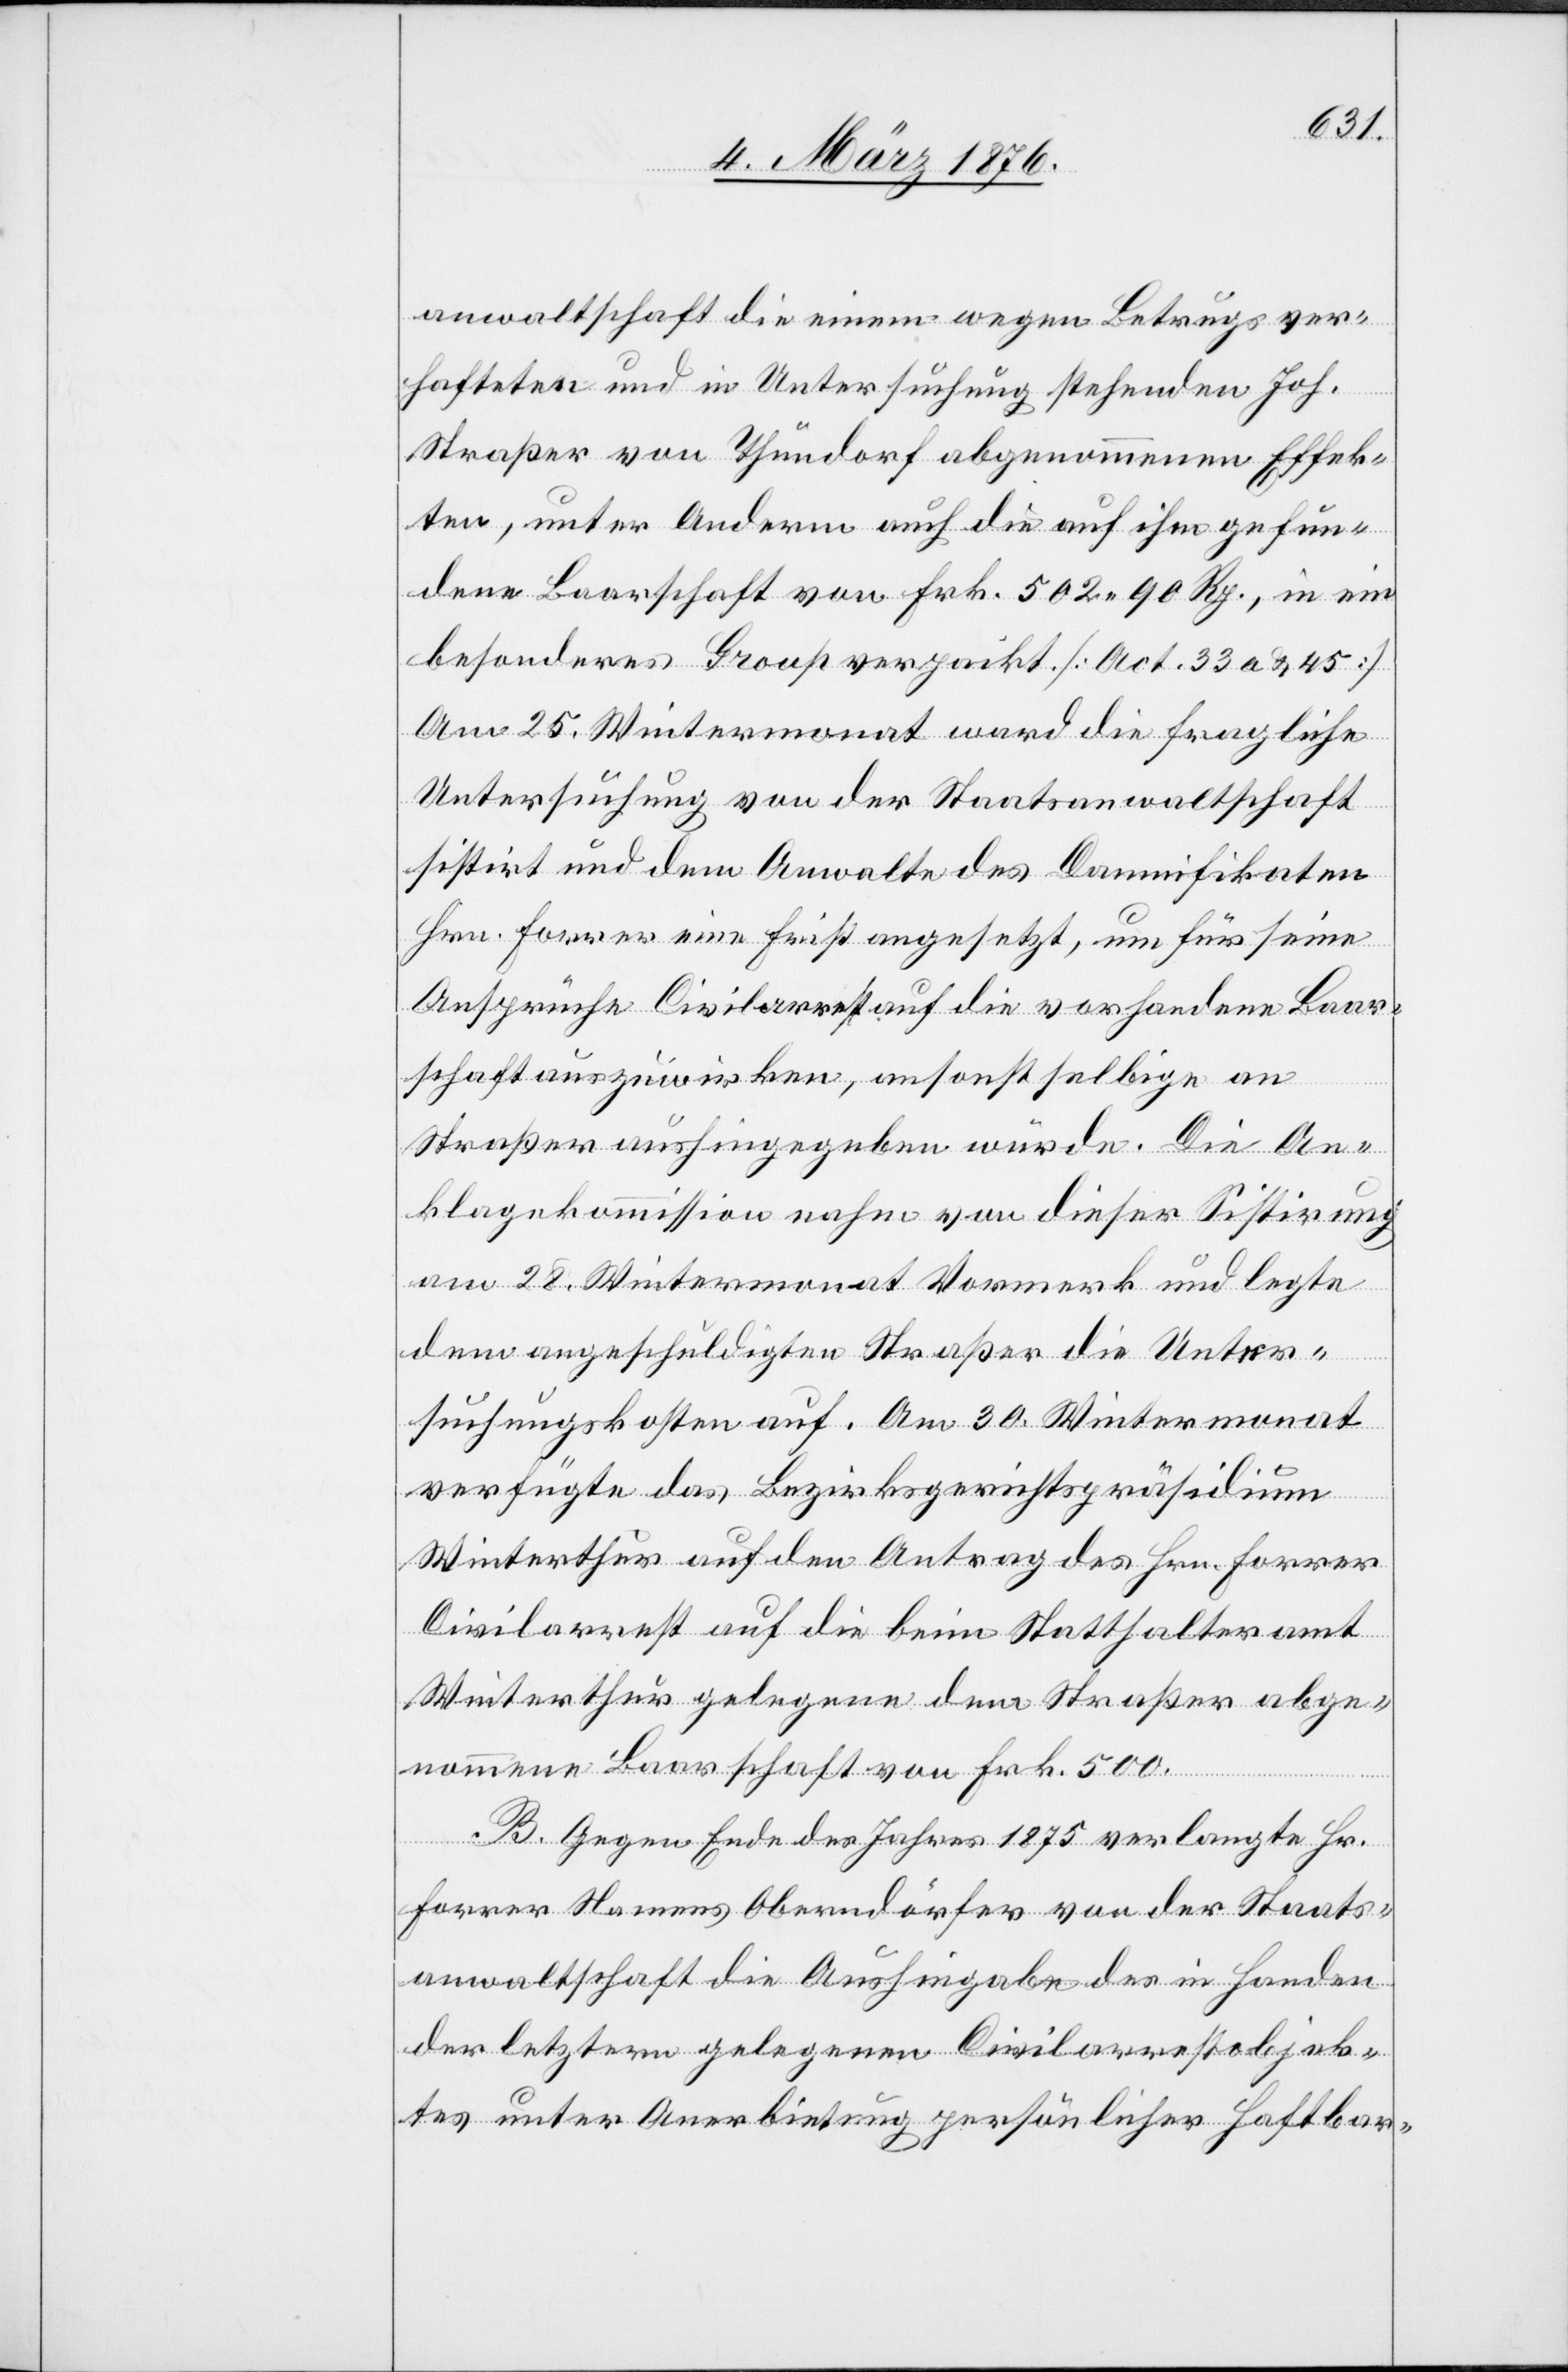
anwaltschaft die einem wegen Betrugs ver¬
hafteten und in Untersuchung stehenden Joh.
Straßer von Thundorf abgenommenen Effek¬
ten, unter Anderm auch die auf ihm gefun¬
dene Baarschaft von Frk. 502 90 Rp., in ein
besonderes Group verpackt. [Act. 33 a & 45]
Am 25. Wintermonat ward die fragliche
Untersuchung von der Staatsanwaltschaft
sistirt und dem Anwalte des Damnifikaten
Hrn. Forrer eine Frist angesetzt, um für seine
Ansprüche Civilarrest auf die vorhandene Baar¬
schaft auszuwirken, ansonst selbige an
Straßer aushingegeben würde. Die An¬
klagekommission nahm von dieser Sistirung
am 28. Wintermonat Vormerk und legte
dem angeschuldigten Straßer die Unter¬
suchungskosten auf. Am 30. Wintermonat
verfügte das Bezirksgerichtspräsidium
Winterthur auf den Antrag des Hrn. Forrer
Civilarrest auf die beim Statthalteramt
Winterthur gelegene dem Straßer abge¬
nommene Barschaft von Frk. 500.
B. Gegen Ende des Jahres 1875 verlangte Hr.
Forrer Namens Oberndörfer von der Staats¬
anwaltschaft die Aushinhabe des in Handen
der letztern gelegenen Civilarrestobjek¬
tes unter Anerbietung persönlicher Haftbar-